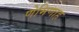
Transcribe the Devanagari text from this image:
णेमिणाह